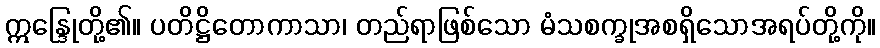
ဣန္ဒြေုတို့၏။ ပတိဋ္ဌိတောကာသာ၊ တည်ရာဖြစ်သော မံသစက္ခုအစရှိသောအရပ်တို့ကို။